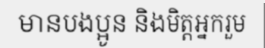
មានបងប្អូន និងមិត្តអ្នករួម